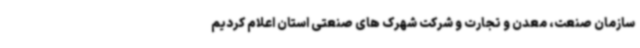
سازمان صنعت، معدن و تجارت و شرکت شهرک های صنعتی استان اعلام کردیم